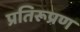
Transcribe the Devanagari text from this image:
प्रतिरूप्रण